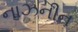
નાઝનીન